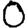
Digit: 0